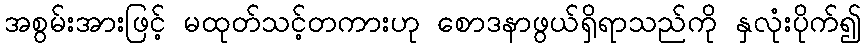
အစွမ်းအားဖြင့် မထုတ်သင့်တကားဟု စောဒနာဖွယ်ရှိရာသည်ကို နှလုံးပိုက်၍